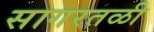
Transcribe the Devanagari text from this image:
सागरतळी